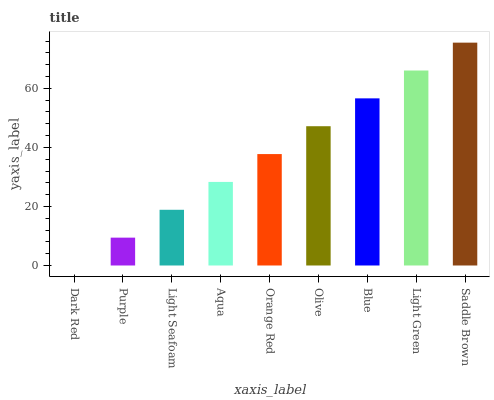
| xaxis_label | bars |
 | --- | --- |
 | Dark Red | 0 |
 | Purple | 9.44 |
 | Light Seafoam | 18.9 |
 | Aqua | 28.3 |
 | Orange Red | 37.7 |
 | Olive | 47.2 |
 | Blue | 56.6 |
 | Light Green | 66.1 |
 | Saddle Brown | 75.5 |